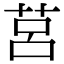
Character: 莒